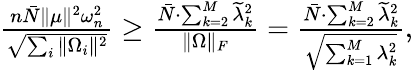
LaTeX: \begin{array}{r}{\frac{n\bar{N}\| \mu\| ^{2}\omega_{n}^{2}}{\sqrt{\sum_{i}\| \Omega_{i}\| ^{2}}}\geq\frac{\bar{N}\cdot\sum_{k=2}^{M}\widetilde{\lambda}_{k}^{2}}{\| \Omega\| _{F}}=\frac{\bar{N}\cdot\sum_{k=2}^{M}\widetilde{\lambda}_{k}^{2}}{\sqrt{\sum_{k=1}^{M}\lambda_{k}^{2}}},}\end{array}